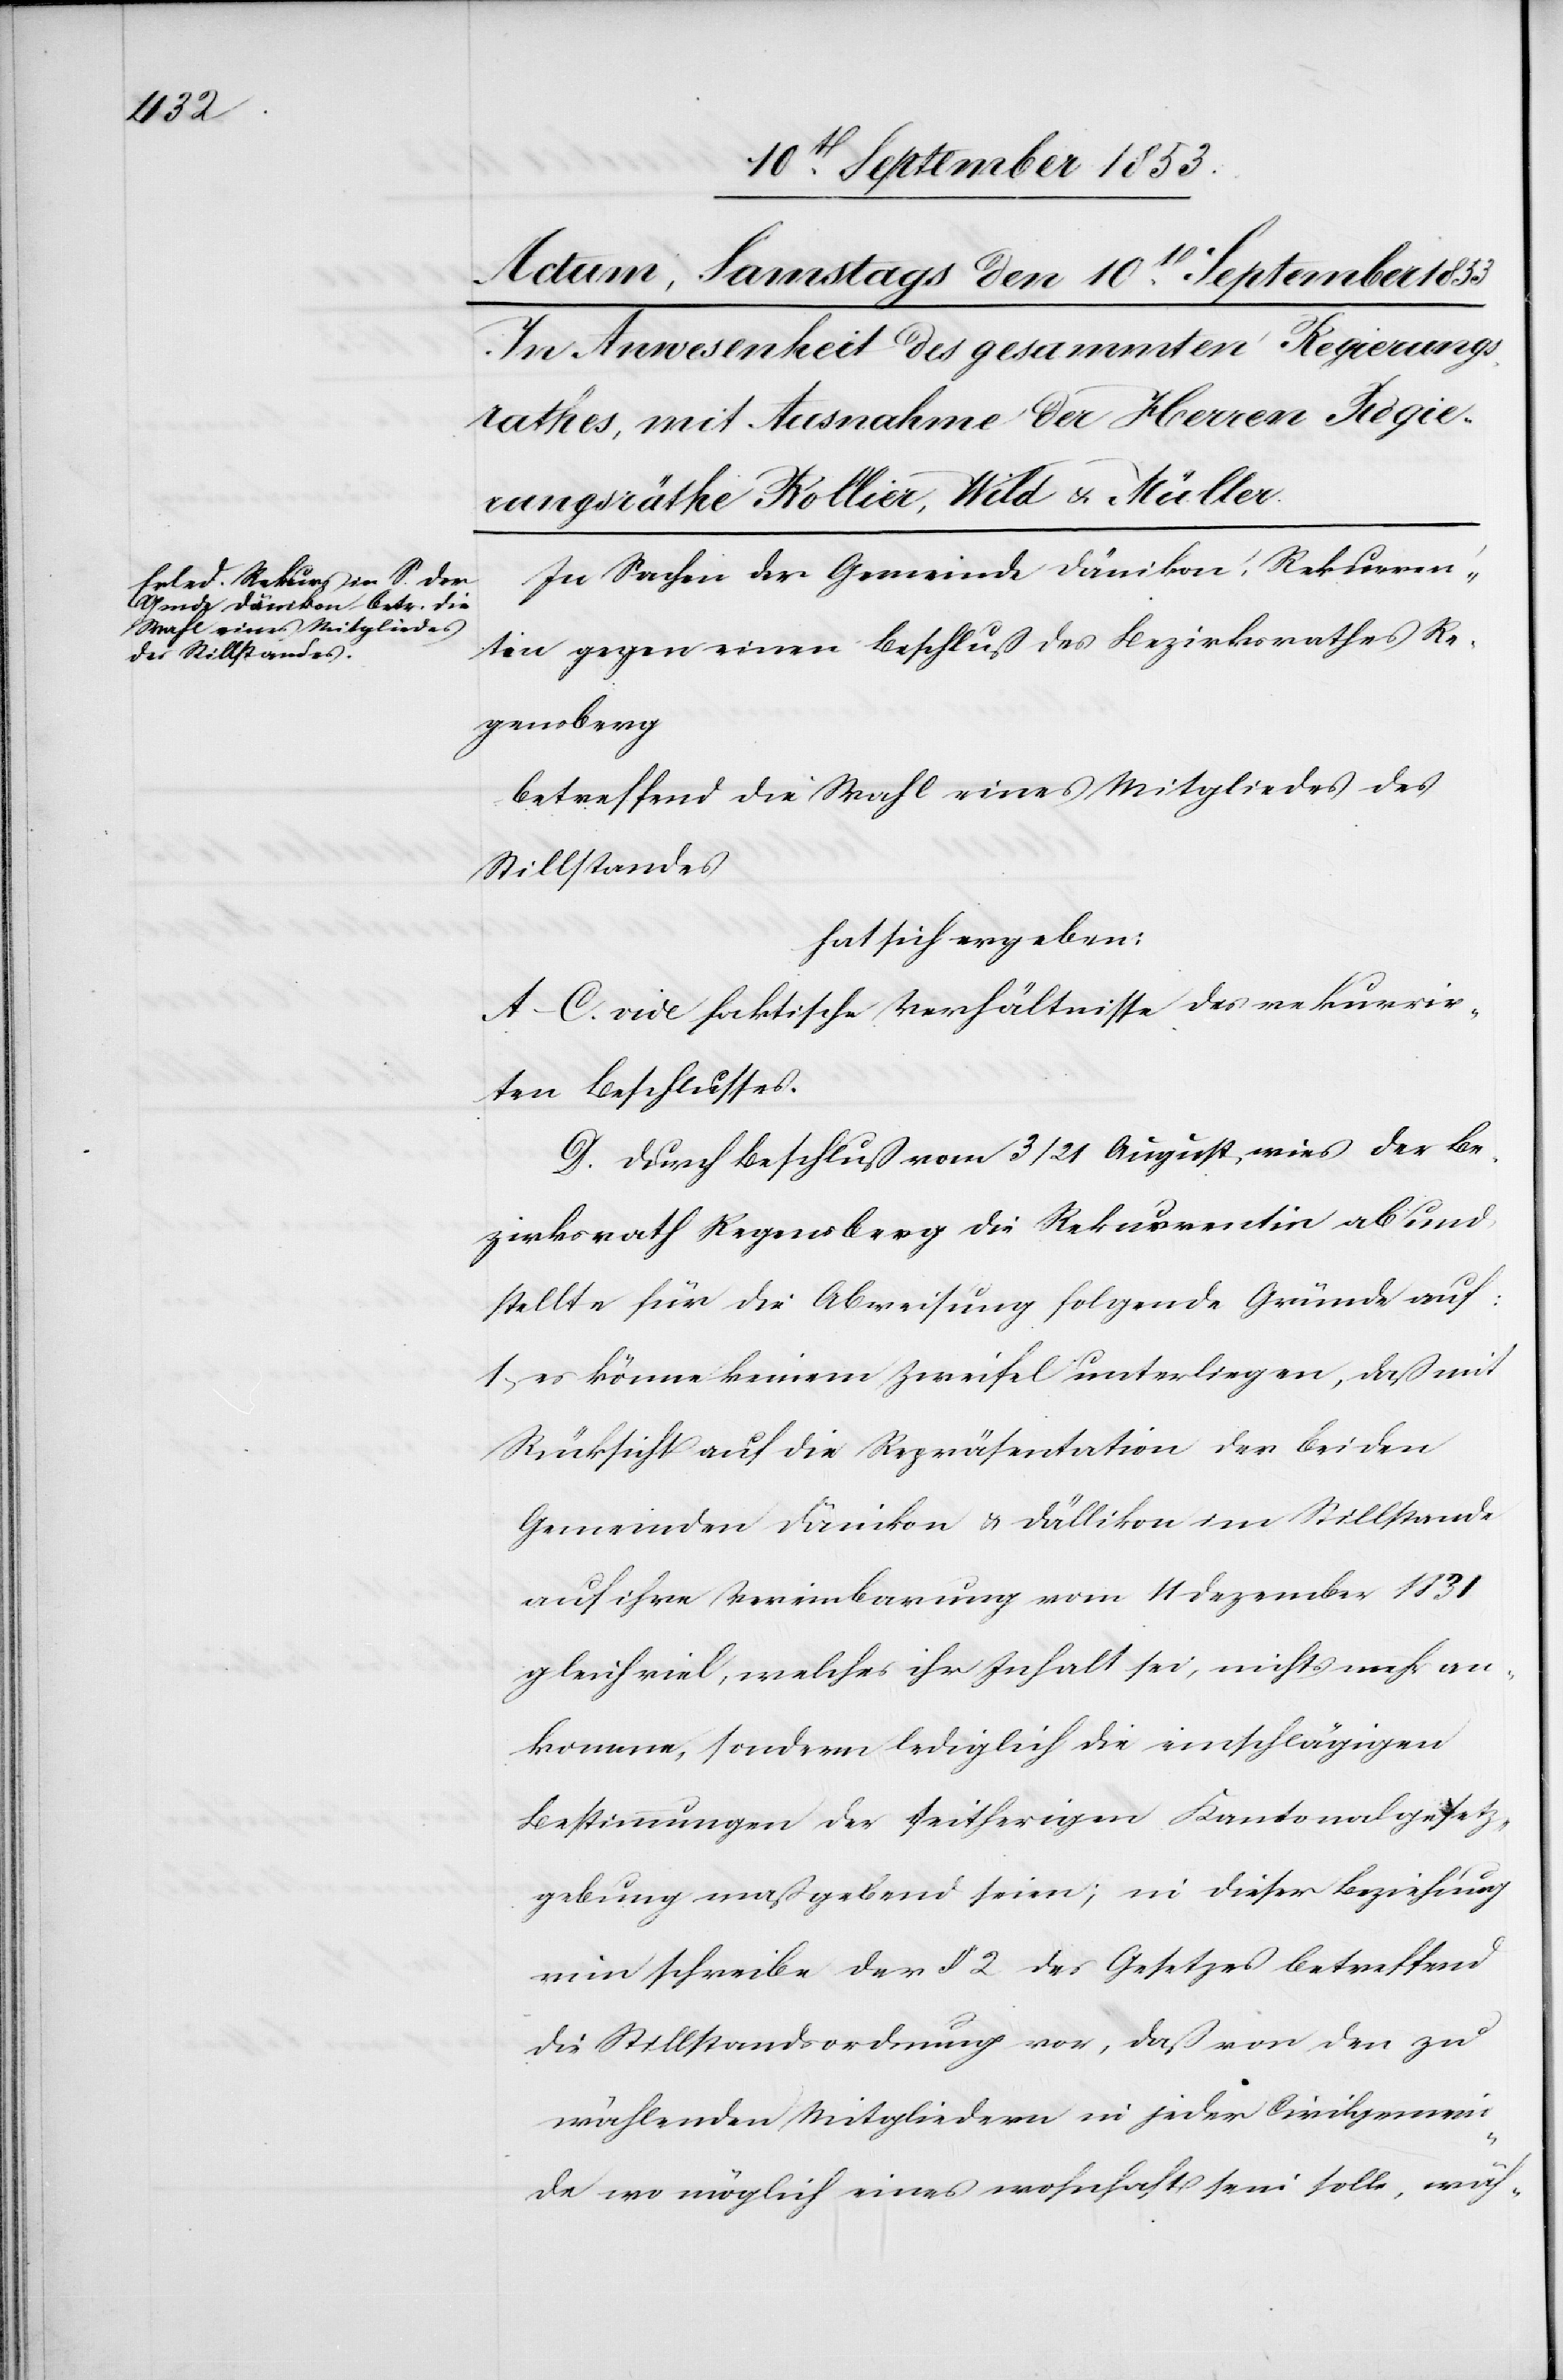
In Sachen der Gemeinde Dänikon, Rekurren¬
tin gegen einen Beschluß des Bezirksrathes Re¬
gensberg
betreffend die Wahl eines Mitgliedes des
Stillstandes
hat sich ergeben:
A–C. vide faktische Verhältnisse des rekurrir¬
ten Beschlusses.
D. Durch Beschluß vom 3/21 August, wies der Be¬
zirksrath Regensberg die Rekurrentin ab und
stellte für die Abweisung folgende Gründe auf:
1, es könne keinem Zweifel unterliegen, daß mit
Rücksicht auf die Repräsentantin der beiden
Gemeinden Dänikon u. Dällikon im Stillstande
auf ihre Vereinbarung vom 11 Dezember 1831
gleichviel, welches ihr Inhalt sei, nichts mehr an¬
komme, sondern lediglich die einschlägigen
Bestimmungen der seitherigen Kantonalgesetz¬
gebung maßgebend seien; in dieser Beziehung
umschreibe der § 2 des Gesetzesbetreffend
die Stillstandsordnung vor, daß ein den zu
wählenden Mitgliedern in jeder Civilgemein¬
de wo möglich eines wohnhaften sein solle, wäh-